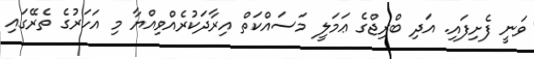
ވަނީ ފެށިފައި. އަދި ބްރިޖްގެ ޢަމަލީ މަސައްކަތް އިރާދަކުރެއްވިއްޔާ މި އަހަރުގެ ތެރޭގައި